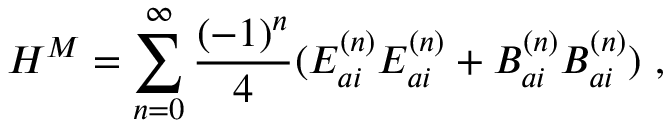
{ \cal H } ^ { M } = \sum _ { n = 0 } ^ { \infty } \frac { ( - 1 ) ^ { n } } { 4 } ( E _ { a i } ^ { ( n ) } E _ { a i } ^ { ( n ) } + B _ { a i } ^ { ( n ) } B _ { a i } ^ { ( n ) } ) \ ,